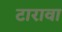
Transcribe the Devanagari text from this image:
टारावा